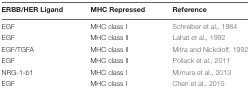
<table><thead><tr><td><b>ERBB/HER Ligand</b></td><td><b>MHC Repressed</b></td><td><b>Reference</b></td></tr></thead><tbody><tr><td>EGF</td><td>MHC class I</td><td>Schreiber et al., 1984</td></tr><tr><td>EGF</td><td>MHC class II</td><td>Lahat et al., 1992</td></tr><tr><td>EGF/TGFA</td><td>MHC class II</td><td>Mitra and Nickoloff, 1992</td></tr><tr><td>EGF</td><td>MHC class II</td><td>Pollack et al., 2011</td></tr><tr><td>NRG-1-b1</td><td>MHC class I</td><td>Mimura et al., 2013</td></tr><tr><td>EGF</td><td>MHC class I</td><td>Chen et al., 2015</td></tr></tbody></table>